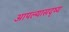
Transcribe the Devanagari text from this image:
आपल्यासदृष्य